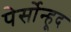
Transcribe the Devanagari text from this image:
पेर्सोन्हूद